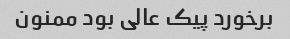
برخورد پیک عالی بود ممنون